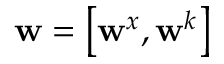
\mathbf { w } = \left[ \mathbf { w } ^ { x } , \mathbf { w } ^ { k } \right]